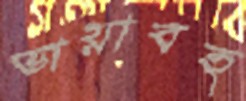
ভায়াবহ